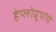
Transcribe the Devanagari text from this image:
हेप्लोग्रुपांचे